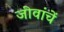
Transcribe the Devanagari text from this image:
जीवांचें